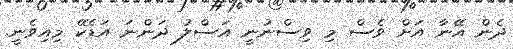
ދެން އޭނާ އަށް ވެސް މި ވިސްނުނީ އަސްލު ދަންނަ އަޑެކޭ މިއިވެނީ.